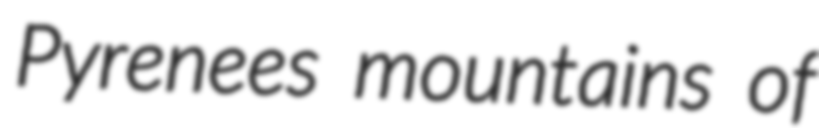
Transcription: Pyrenees mountains of